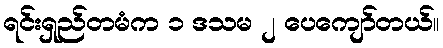
ရင်းရှည်တမံက ၁ ဒသမ ၂ ပေကျော်တယ်။